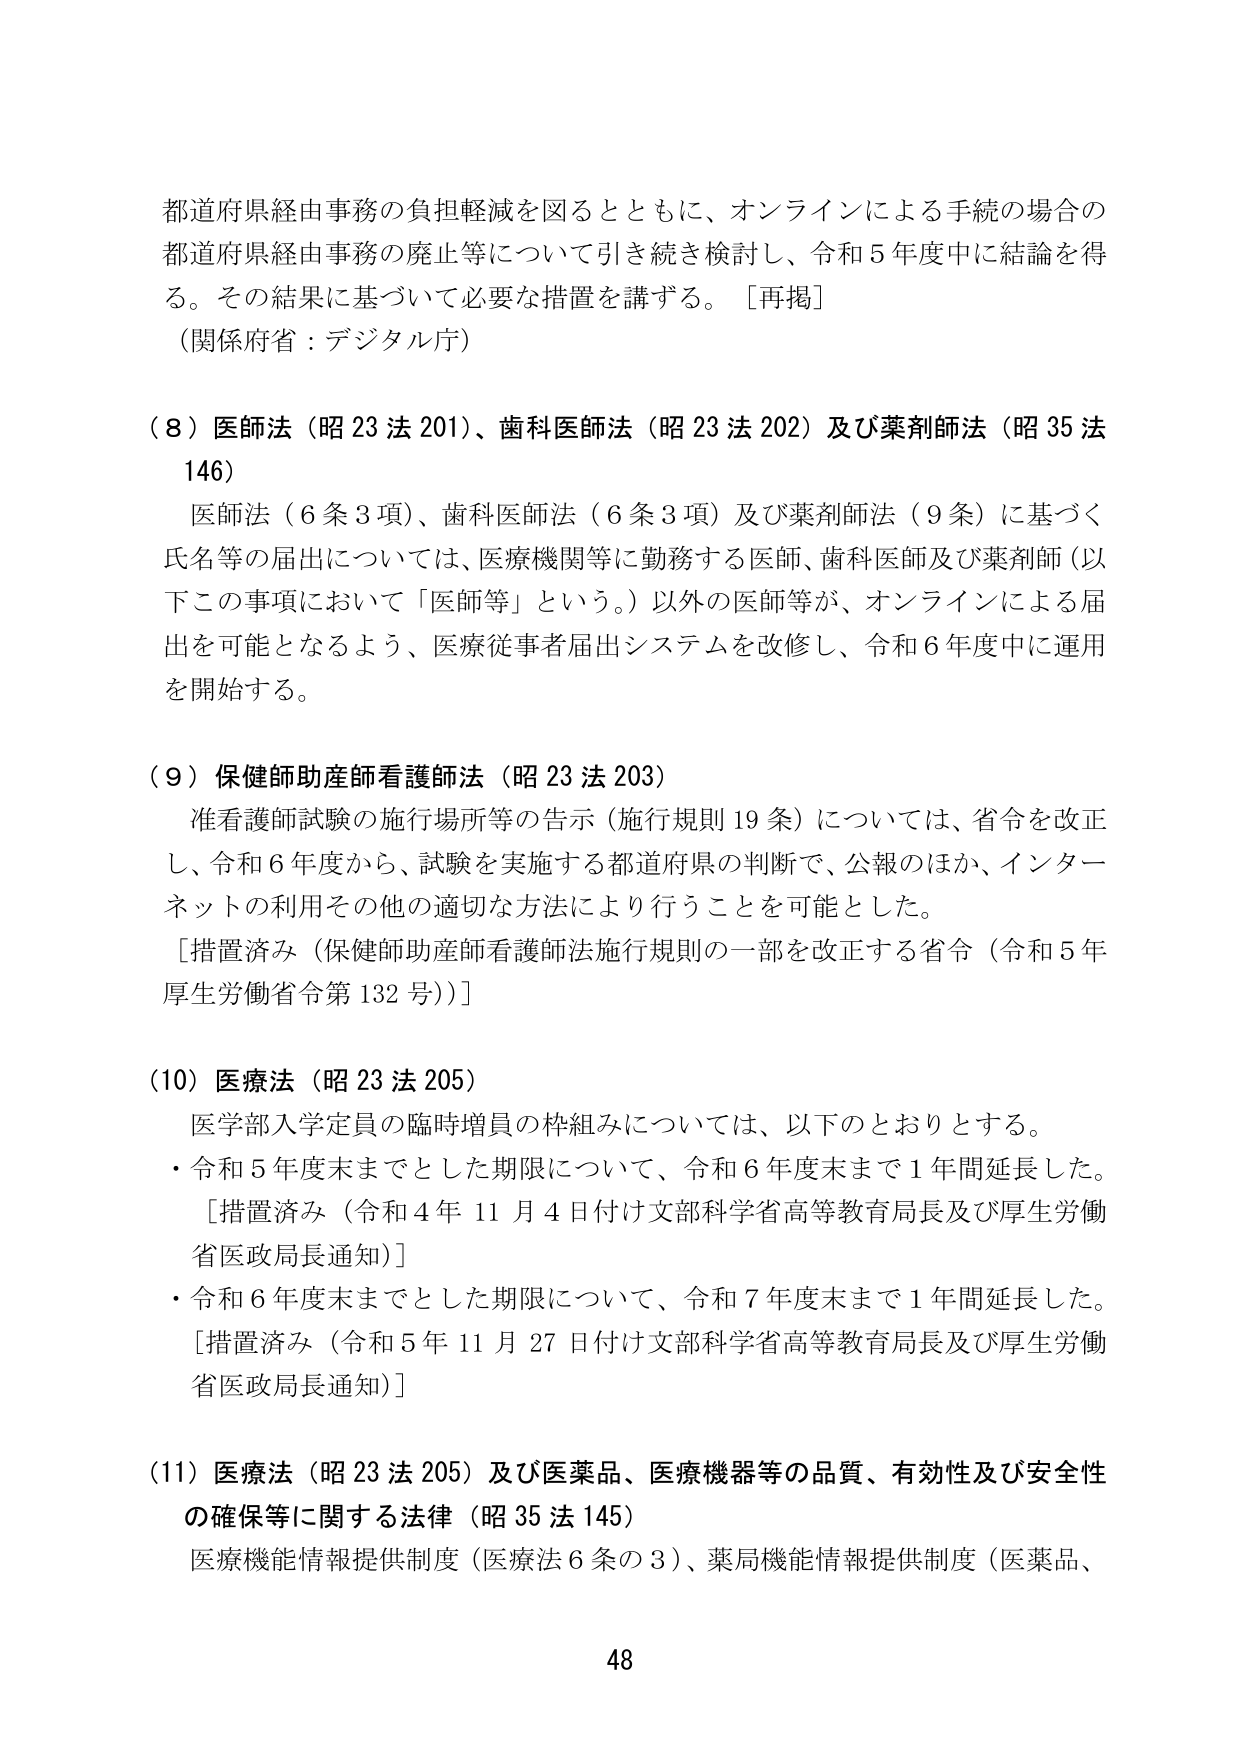
都道府県経由事務の負担軽減を図るとともに、オンラインによる手続の場合の都道府県経由事務の廃止等について引き続き検討し、令和５年度中に結論を得る。その結果に基づいて必要な措置を講ずる。［再掲］
（関係府省：デジタル庁）

（８）医師法（昭23法201）、歯科医師法（昭23法202）及び薬剤師法（昭35法146）
　医師法（６条３項）、歯科医師法（６条３項）及び薬剤師法（９条）に基づく氏名等の届出については、医療機関等に勤務する医師、歯科医師及び薬剤師（以下この事項において「医師等」という。）以外の医師等が、オンラインによる届出を可能となるよう、医療従事者届出システムを改修し、令和６年度中に運用を開始する。

（９）保健師助産師看護師法（昭23法203）
　准看護師試験の施行場所等の告示（施行規則19条）については、省令を改正し、令和６年度から、試験を実施する都道府県の判断で、公報のほか、インターネットの利用その他の適切な方法により行うことを可能とした。
［措置済み（保健師助産師看護師法施行規則の一部を改正する省令（令和５年厚生労働省令第132号））］

（10）医療法（昭23法205）
　医学部入学定員の臨時増員の枠組みについては、以下のとおりとする。
・令和５年度末までとした期限について、令和６年度末まで１年間延長した。
　［措置済み（令和４年11月4日付け文部科学省高等教育局長及び厚生労働省医政局長通知）］
・令和６年度末までとした期限について、令和７年度末まで１年間延長した。
　［措置済み（令和５年11月27日付け文部科学省高等教育局長及び厚生労働省医政局長通知）］

（11）医療法（昭23法205）及び医薬品、医療機器等の品質、有効性及び安全性の確保等に関する法律（昭35法145）
　医療機能情報提供制度（医療法６条の３）、薬局機能情報提供制度（医薬品、

48